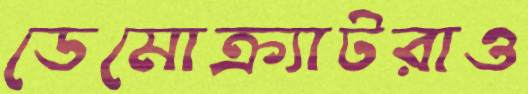
ডেমোক্র্যাটরাও